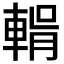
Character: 𮝛